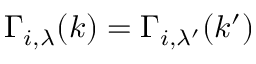
\Gamma _ { i , \lambda } ( k ) = \Gamma _ { i , \lambda ^ { \prime } } ( k ^ { \prime } )